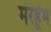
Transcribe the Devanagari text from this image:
मरहूँम